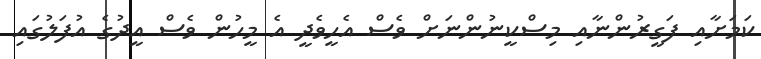
ކަމަށާއި ފަގީރުންނާއި މިސްކީނުންނަށް ވެސް އެހީވެދީ އެ މީހުން ވެސް އީދުގެ އުފަލުގައި